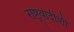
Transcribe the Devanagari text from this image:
राष्ट्रवादीशी